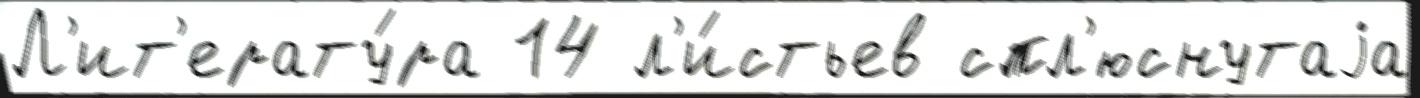
Л'ит'ерату́ра 14 л'и́стьев спл'юснутаjа